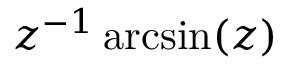
z ^ { - 1 } \arcsin ( z )